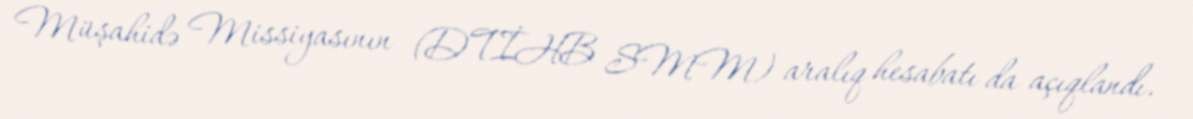
Müşahidə Missiyasının (DTİHB SMM) aralıq hesabatı da açıqlandı.